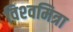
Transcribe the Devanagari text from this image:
विश्‍वमित्रा